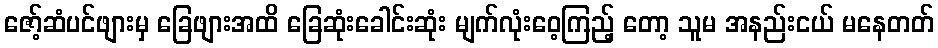
ဇော့်ဆံပင်ဖျားမှ ခြေဖျားအထိ ခြေဆုံးခေါင်းဆုံး မျက်လုံးဝေ့ကြည့် တော့ သူမ အနည်းငယ် မနေတတ်